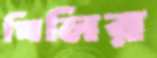
খিলির